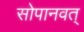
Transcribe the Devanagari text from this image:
सोपानवत्‌